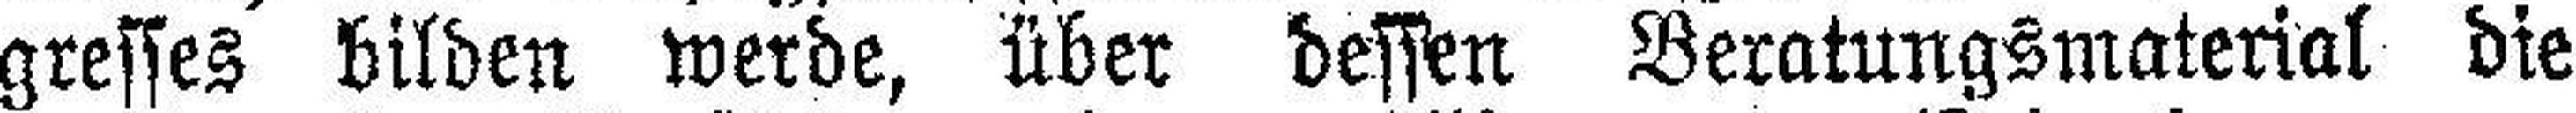
gresses bilden werde, über dessen Beratungsmaterial die